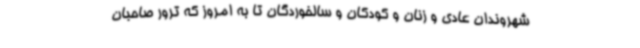
شهروندان عادی و زنان و کودکان و سالخوردگان تا به امروز که ترور صاحبان